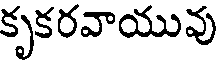
కృకరవాయువు